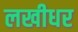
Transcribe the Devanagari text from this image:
लखीधर